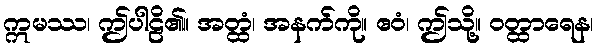
ဣမဿ၊ ဤပါဠိ၏။ အတ္ထံ၊ အနက်ကို။ ဧဝံ၊ ဤသို့။ ဝတ္ထာရေန၊